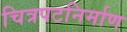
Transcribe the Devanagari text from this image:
चित्रपटनिर्माण